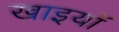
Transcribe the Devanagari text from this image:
खाइयॉ